Document type: Community of property
Year: 1312
Scribe: Pere Amorós
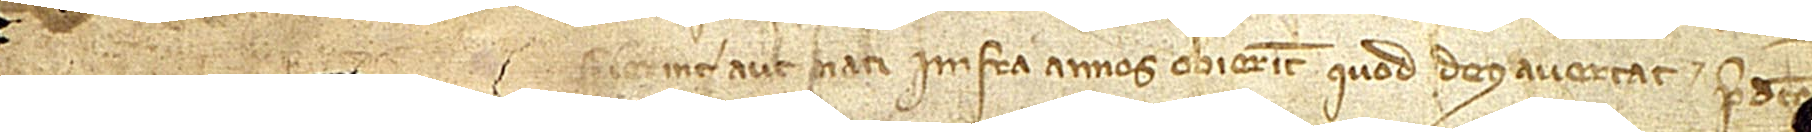
fuerint aut nati infra annos obierint, quod Deus avertat, predict[...] [...]